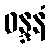
ဝန္ဒနံ